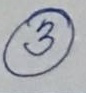
3